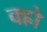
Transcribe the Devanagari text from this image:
क्ह्रो